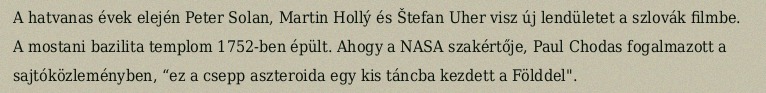
A hatvanas évek elején Peter Solan, Martin Hollý és Štefan Uher visz új lendületet a szlovák filmbe. A mostani bazilita templom 1752-ben épült. Ahogy a NASA szakértője, Paul Chodas fogalmazott a sajtóközleményben, “ez a csepp aszteroida egy kis táncba kezdett a Földdel".